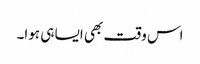
اس وقت بھی ایسا ہی ہوا۔